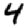
Digit: 4